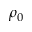
\rho _ { 0 }